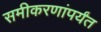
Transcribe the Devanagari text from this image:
समीकरणांपर्यंत